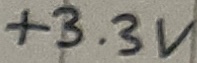
Text: +3.3V